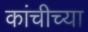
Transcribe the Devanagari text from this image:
कांचीच्या